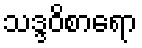
သဒ္ဒဝိစာရော